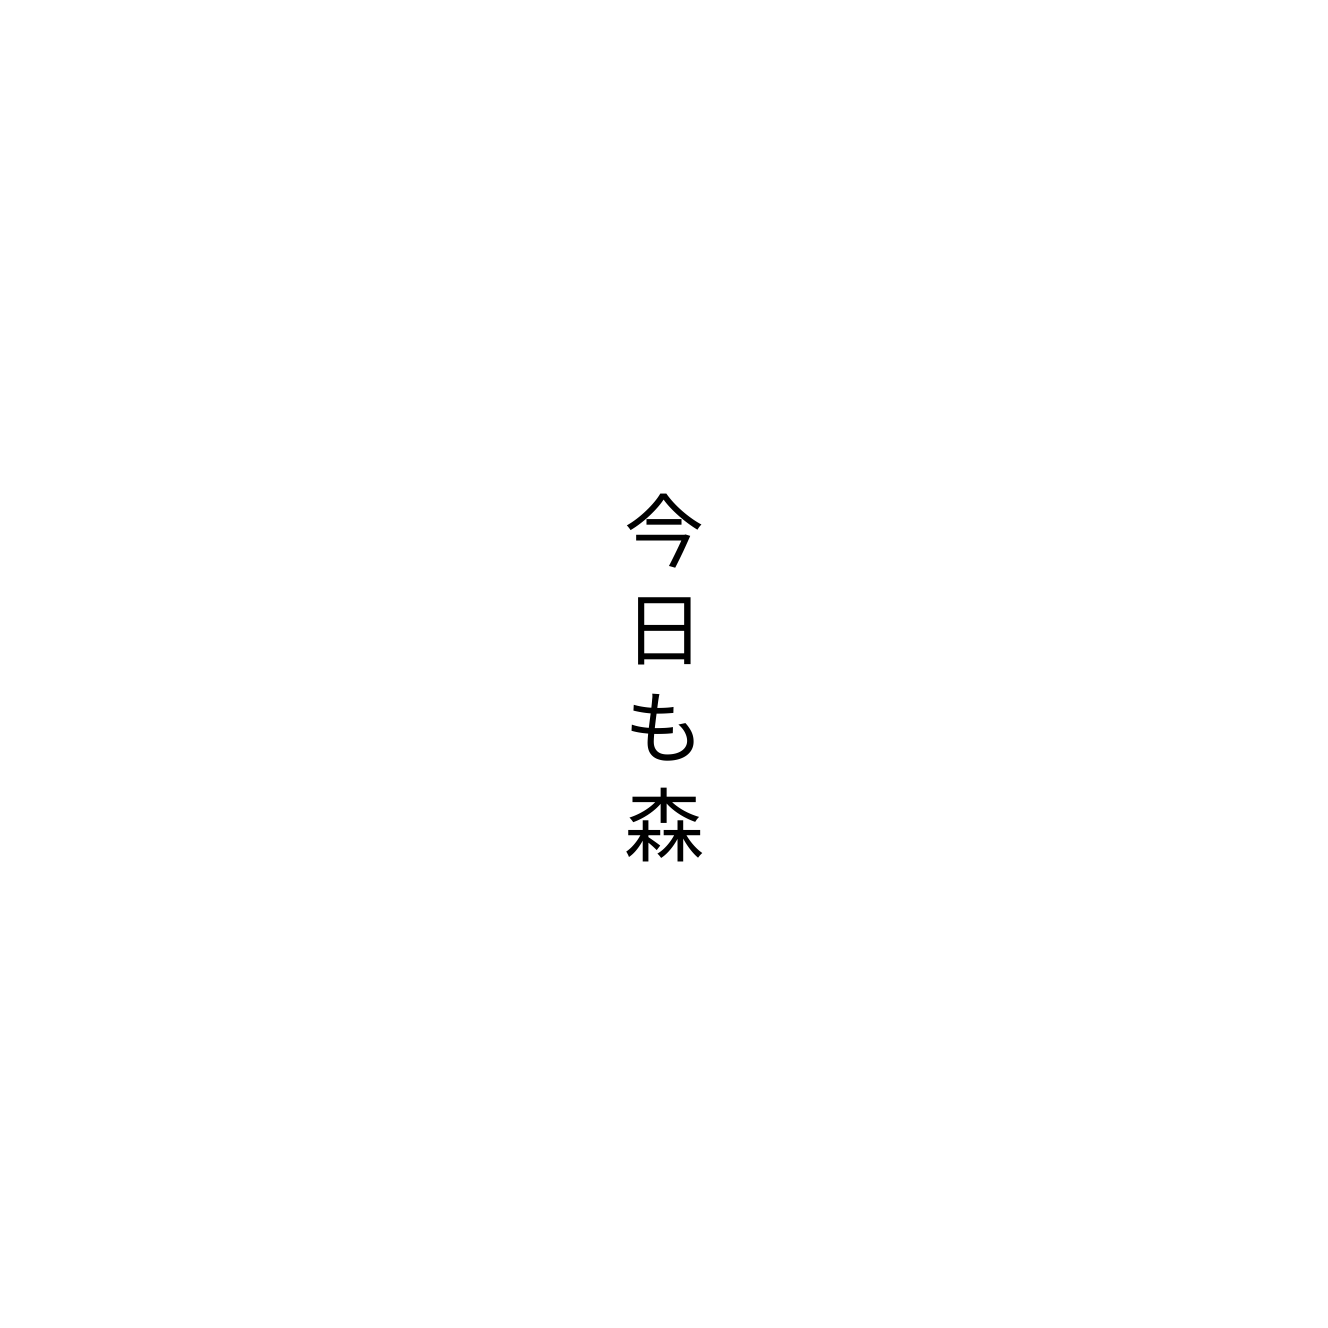
今日も森